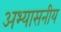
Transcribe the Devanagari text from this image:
अभ्यासनीय